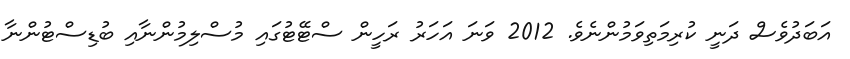
އަބަދުވެސް ދަނީ ކުރިމަތިވަމުންނެވެ. 2012 ވަނަ އަހަރު ރަހީން ސްޓޭޓުގައި މުސްލިމުންނާއި ބުޑިސްޓުންނާ